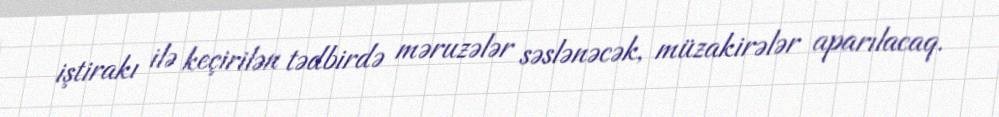
iştirakı ilə keçirilən tədbirdə məruzələr səslənəcək, müzakirələr aparılacaq.